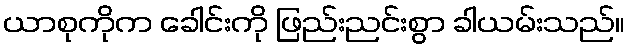
ယာစုကိုက ခေါင်းကို ဖြည်းညင်းစွာ ခါယမ်းသည်။